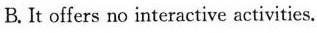
B. It offers no interactive activities.